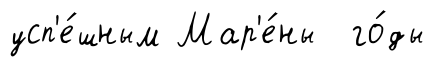
усп'е́шным Мар'е́ны го́ды